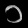
Digit: ၁